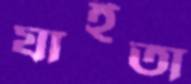
যাইতা